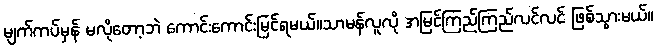
မျက်ကပ်မှန် မလိုတော့ဘဲ ကောင်းကောင်းမြင်ရမယ်။သာမန်လူလို အမြင်ကြည်ကြည်လင်လင် ဖြစ်သွားမယ်။